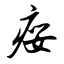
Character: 瘿